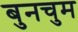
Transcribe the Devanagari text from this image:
बुनचुम